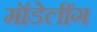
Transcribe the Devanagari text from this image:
मॉडेलींग